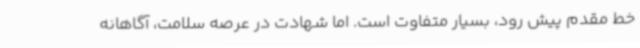
خط مقدم پیش رود، بسیار متفاوت است. اما شهادت در عرصه سلامت، آگاهانه